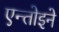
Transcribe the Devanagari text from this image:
एन्तोइने